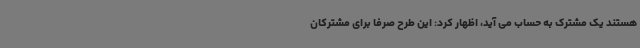
هستند یک مشترک به حساب می آید، اظهار کرد: این طرح صرفا برای مشترکان